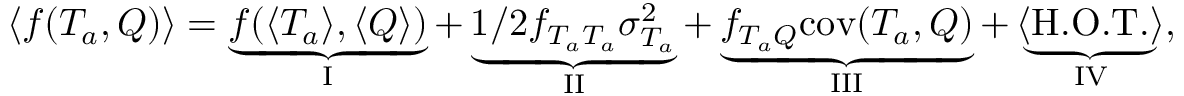
\langle f ( T _ { a } , Q ) \rangle = \underbrace { f ( \langle T _ { a } \rangle , \langle Q \rangle ) } _ { \mathrm { I } } + \underbrace { 1 / 2 f _ { T _ { a } T _ { a } } \sigma _ { T _ { a } } ^ { 2 } } _ { \mathrm { I I } } + \underbrace { f _ { T _ { a } Q } \mathrm { c o v } ( T _ { a } , Q ) } _ { \mathrm { I I I } } + \underbrace { \langle \mathrm { H . O . T . } \rangle } _ { \mathrm { I V } } ,